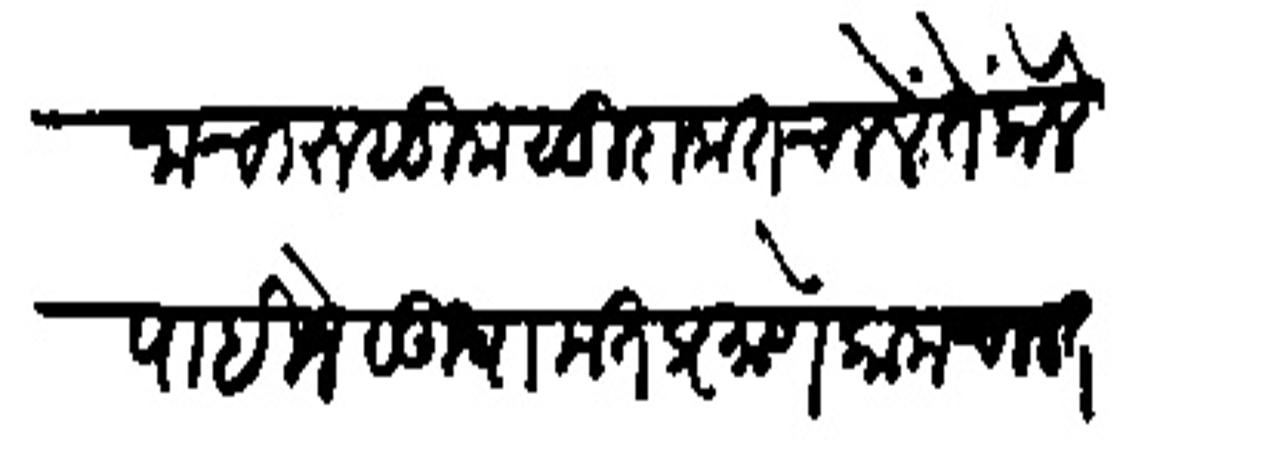
Transliteration (Devanagari): नाचा रुमुम सुवामत चालें तें केले पाहिजे सुषामत प्रमाणें काम चालत